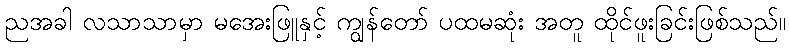
ညအခါ လသာသာမှာ မအေးဖြူနှင့် ကျွန်တော် ပထမဆုံး အတူ ထိုင်ဖူးခြင်းဖြစ်သည်။